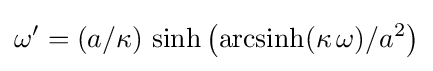
\omega ^{\prime }=(a/\kappa )\,\sinh \left({\rm {arcsinh}}(\kappa \,\omega )/a^{2}\right)